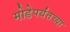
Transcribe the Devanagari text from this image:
मोडेपर्यंतच्या